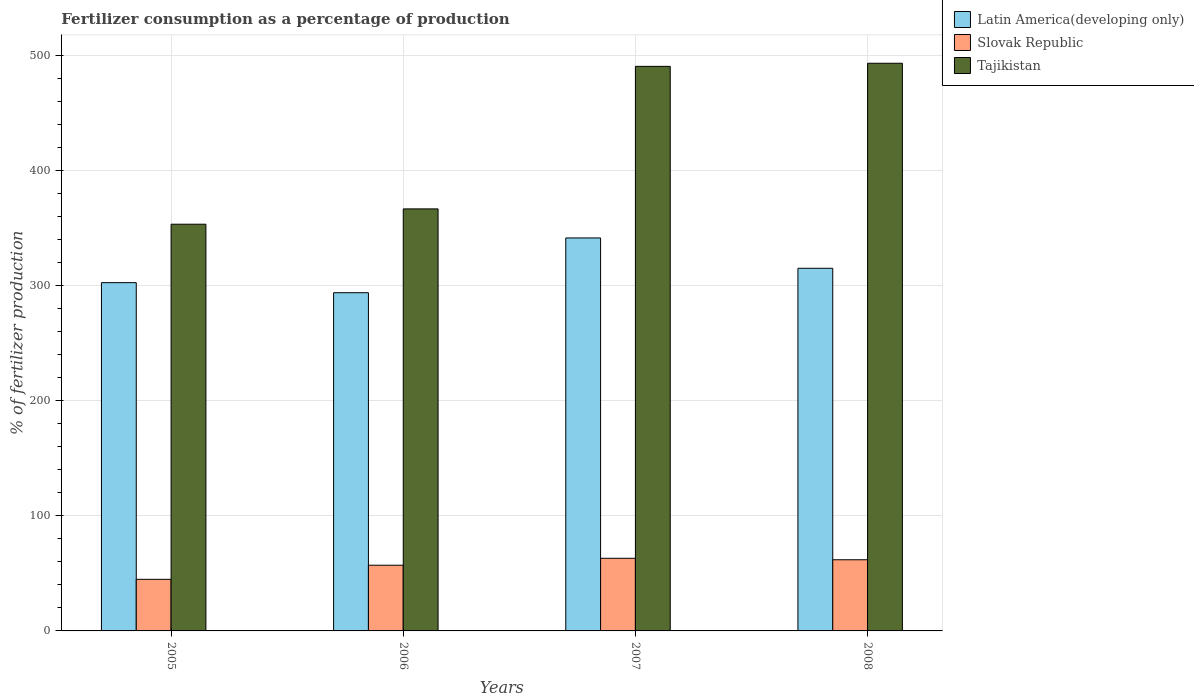
| Years | Latin America(developing only) | Slovak Republic | Tajikistan |
 | --- | --- | --- | --- |
 | 2005 | 303 | 44.8 | 353 |
 | 2006 | 294 | 57.1 | 367 |
 | 2007 | 342 | 63.1 | 491 |
 | 2008 | 315 | 61.8 | 493 |